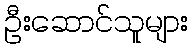
ဦးဆောင်သူများ